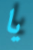
يا